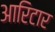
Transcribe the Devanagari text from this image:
आरिटार